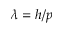
\lambda = h / p